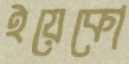
ইয়েকো